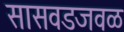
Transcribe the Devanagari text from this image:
सासवडजवळ